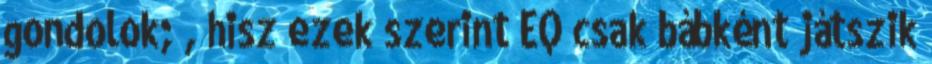
gondolok; , hisz ezek szerint EQ csak bábként játszik